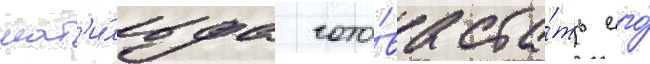
мат'и́льда гото́ва ста́ть его́